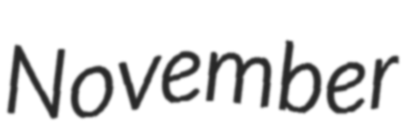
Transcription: November